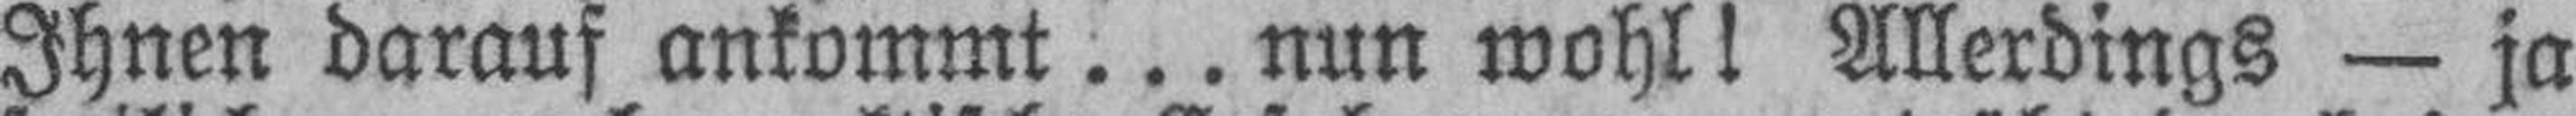
Ihnen darauf ankommt ... nun wohl! Allerdings — ja